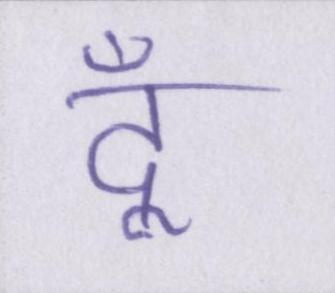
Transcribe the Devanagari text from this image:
दूँ